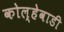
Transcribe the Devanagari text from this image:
कोल्हेवाडी